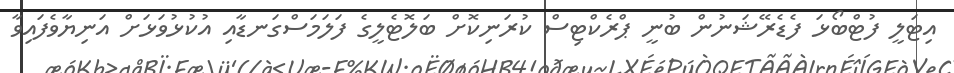
އިޓަލީ ފުޓްބޯޅަ ފެޑެރޭޝަނުން ބުނީ ޕްރެކްޓިސް ކުރަނިކޮށް ބަލޮޓެލީގެ ފަލަމަސްގަނޑާއި އުކުޅުވަޅަށް އަނިޔާވެފައިވާ